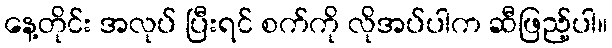
နေ့တိုင်း အလုပ် ပြီးရင် စက်ကို လိုအပ်ပါက ဆီဖြည့်ပါ။